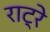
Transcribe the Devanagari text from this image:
राट्रे